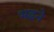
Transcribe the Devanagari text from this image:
भढने